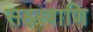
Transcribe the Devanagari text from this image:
सहस्त्राणि